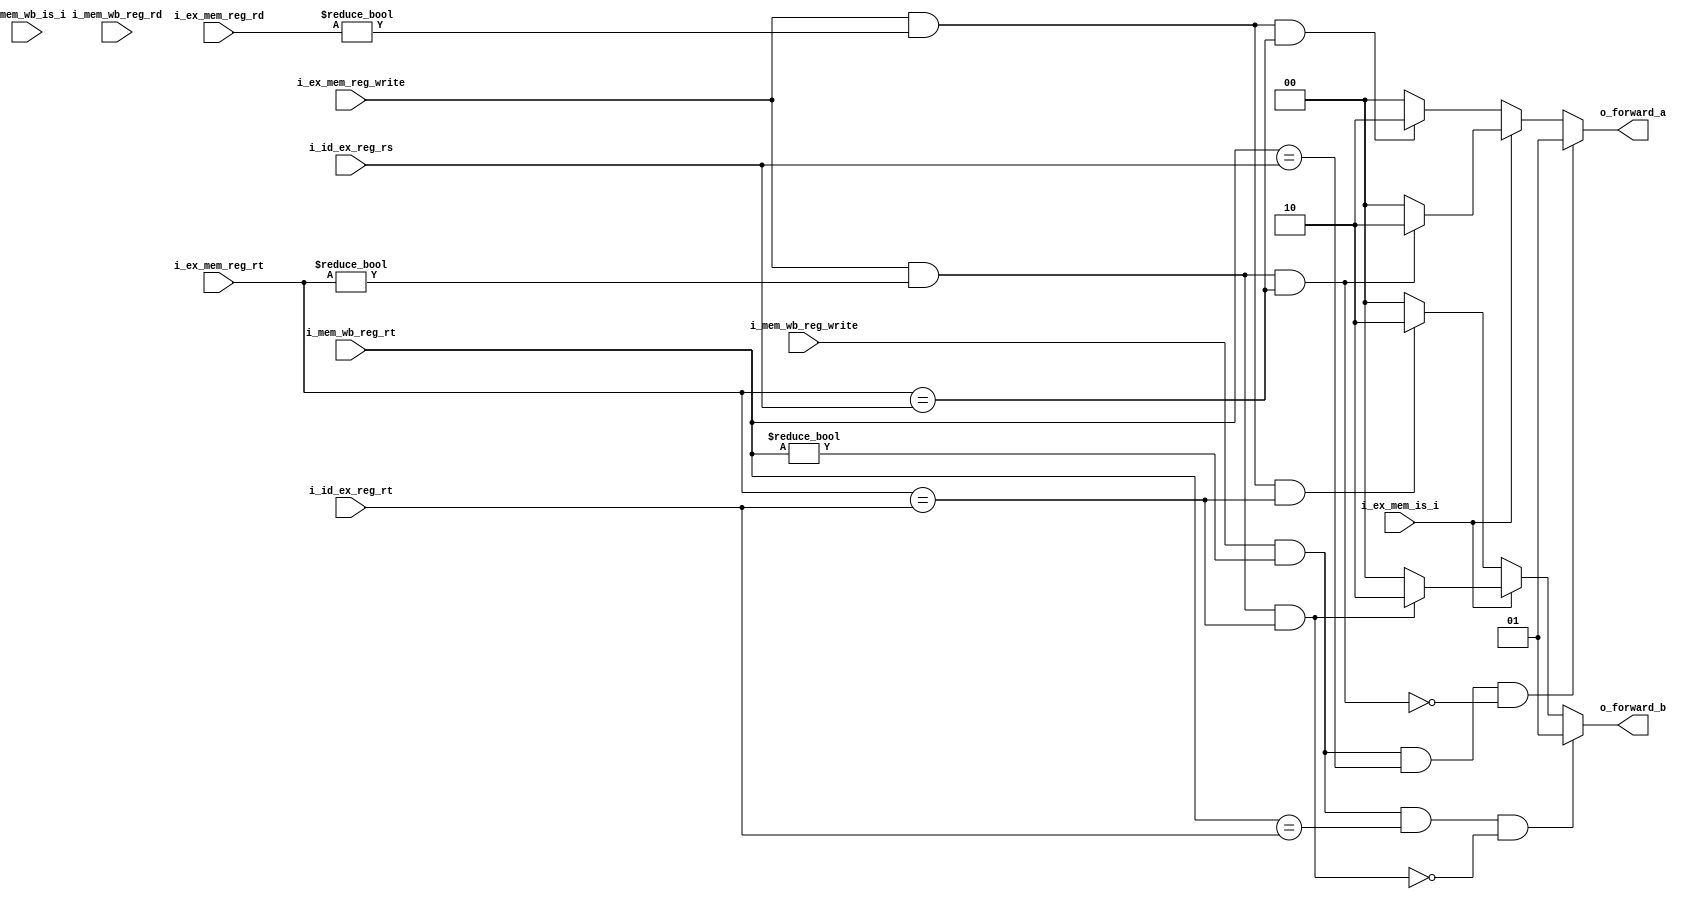
`timescale 1ns / 1ps
/* MIPS Pipelined CPU
 * Fording Unit 
 * TODO: the situation where ID/EX is I-type has not been considered yet
 * TODO: the register destination can cover all rd / rt field in EX/MEM MEM/WB
 */


module forwarding_unit(
    /* R-Type */
    input               i_ex_mem_reg_write,         // RegWrite in EX/MEM
    input       [4:0]   i_ex_mem_reg_rd,            // Rd field in EX/MEM
    input       [4:0]   i_id_ex_reg_rs,             // Rs field in ID/EX
    input       [4:0]   i_id_ex_reg_rt,             // Rt field in ID/EX

    /* I-Type */
    input       [4:0]   i_ex_mem_reg_rt,
    input       [4:0]   i_mem_wb_reg_rt,

    /* Generic */
    input               i_mem_wb_reg_write,         // RegWrite in MEM/WB
    input       [4:0]   i_mem_wb_reg_rd,            // Rd field in MEM/WB
    input               i_mem_wb_is_i,
    input               i_ex_mem_is_i,

    output  reg [1:0]   o_forward_a,
    output  reg [1:0]   o_forward_b
    );

    always @(*) begin
        o_forward_a = 2'b00;
        o_forward_b = 2'b00;
        if(~i_ex_mem_is_i) begin
            if(i_ex_mem_reg_write & (i_ex_mem_reg_rd != 5'h0) & (i_ex_mem_reg_rt == i_id_ex_reg_rs)) begin
                o_forward_a = 2'b10;
            end
            if(i_ex_mem_reg_write & (i_ex_mem_reg_rd != 5'h0) & (i_ex_mem_reg_rt == i_id_ex_reg_rt)) begin
                o_forward_b = 2'b10;
            end
        end
        else begin
            if(i_ex_mem_reg_write & (i_ex_mem_reg_rt != 5'h0) & (i_ex_mem_reg_rt == i_id_ex_reg_rs)) begin
                o_forward_a = 2'b10;
            end
            if(i_ex_mem_reg_write & (i_ex_mem_reg_rt != 5'h0) & (i_ex_mem_reg_rt == i_id_ex_reg_rt)) begin
                o_forward_b = 2'b10;
            end            
        end

        if(~i_mem_wb_is_i) begin
            if(i_mem_wb_reg_write & (i_mem_wb_reg_rt != 5'h0) & (i_mem_wb_reg_rt == i_id_ex_reg_rs)
                & ~(i_ex_mem_reg_write & (i_ex_mem_reg_rt != 0) & (i_ex_mem_reg_rt == i_id_ex_reg_rs))) begin
                o_forward_a = 2'b01;
            end
            if(i_mem_wb_reg_write & (i_mem_wb_reg_rt != 5'h0) & (i_mem_wb_reg_rt == i_id_ex_reg_rt)
                & ~(i_ex_mem_reg_write & (i_ex_mem_reg_rt != 0) & (i_ex_mem_reg_rt == i_id_ex_reg_rt))) begin
                o_forward_b = 2'b01;
            end            
        end
        else begin
            if(i_mem_wb_reg_write & (i_mem_wb_reg_rt != 5'h0) 
            & (i_mem_wb_reg_rt == i_id_ex_reg_rs) 
            & ~(i_ex_mem_reg_write & (i_ex_mem_reg_rt != 0) & (i_ex_mem_reg_rt == i_id_ex_reg_rs))) begin
                o_forward_a = 2'b01;
            end
            if(i_mem_wb_reg_write & (i_mem_wb_reg_rt != 5'h0)
            & (i_mem_wb_reg_rt == i_id_ex_reg_rt)
            & ~(i_ex_mem_reg_write & (i_ex_mem_reg_rt != 0) & (i_ex_mem_reg_rt == i_id_ex_reg_rt))) begin
                o_forward_b = 2'b01;
            end            
        end
    end
endmodule